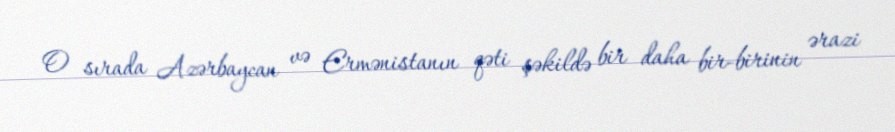
O sırada Azərbaycan və Ermənistanın qəti şəkildə bir daha bir-birinin ərazi